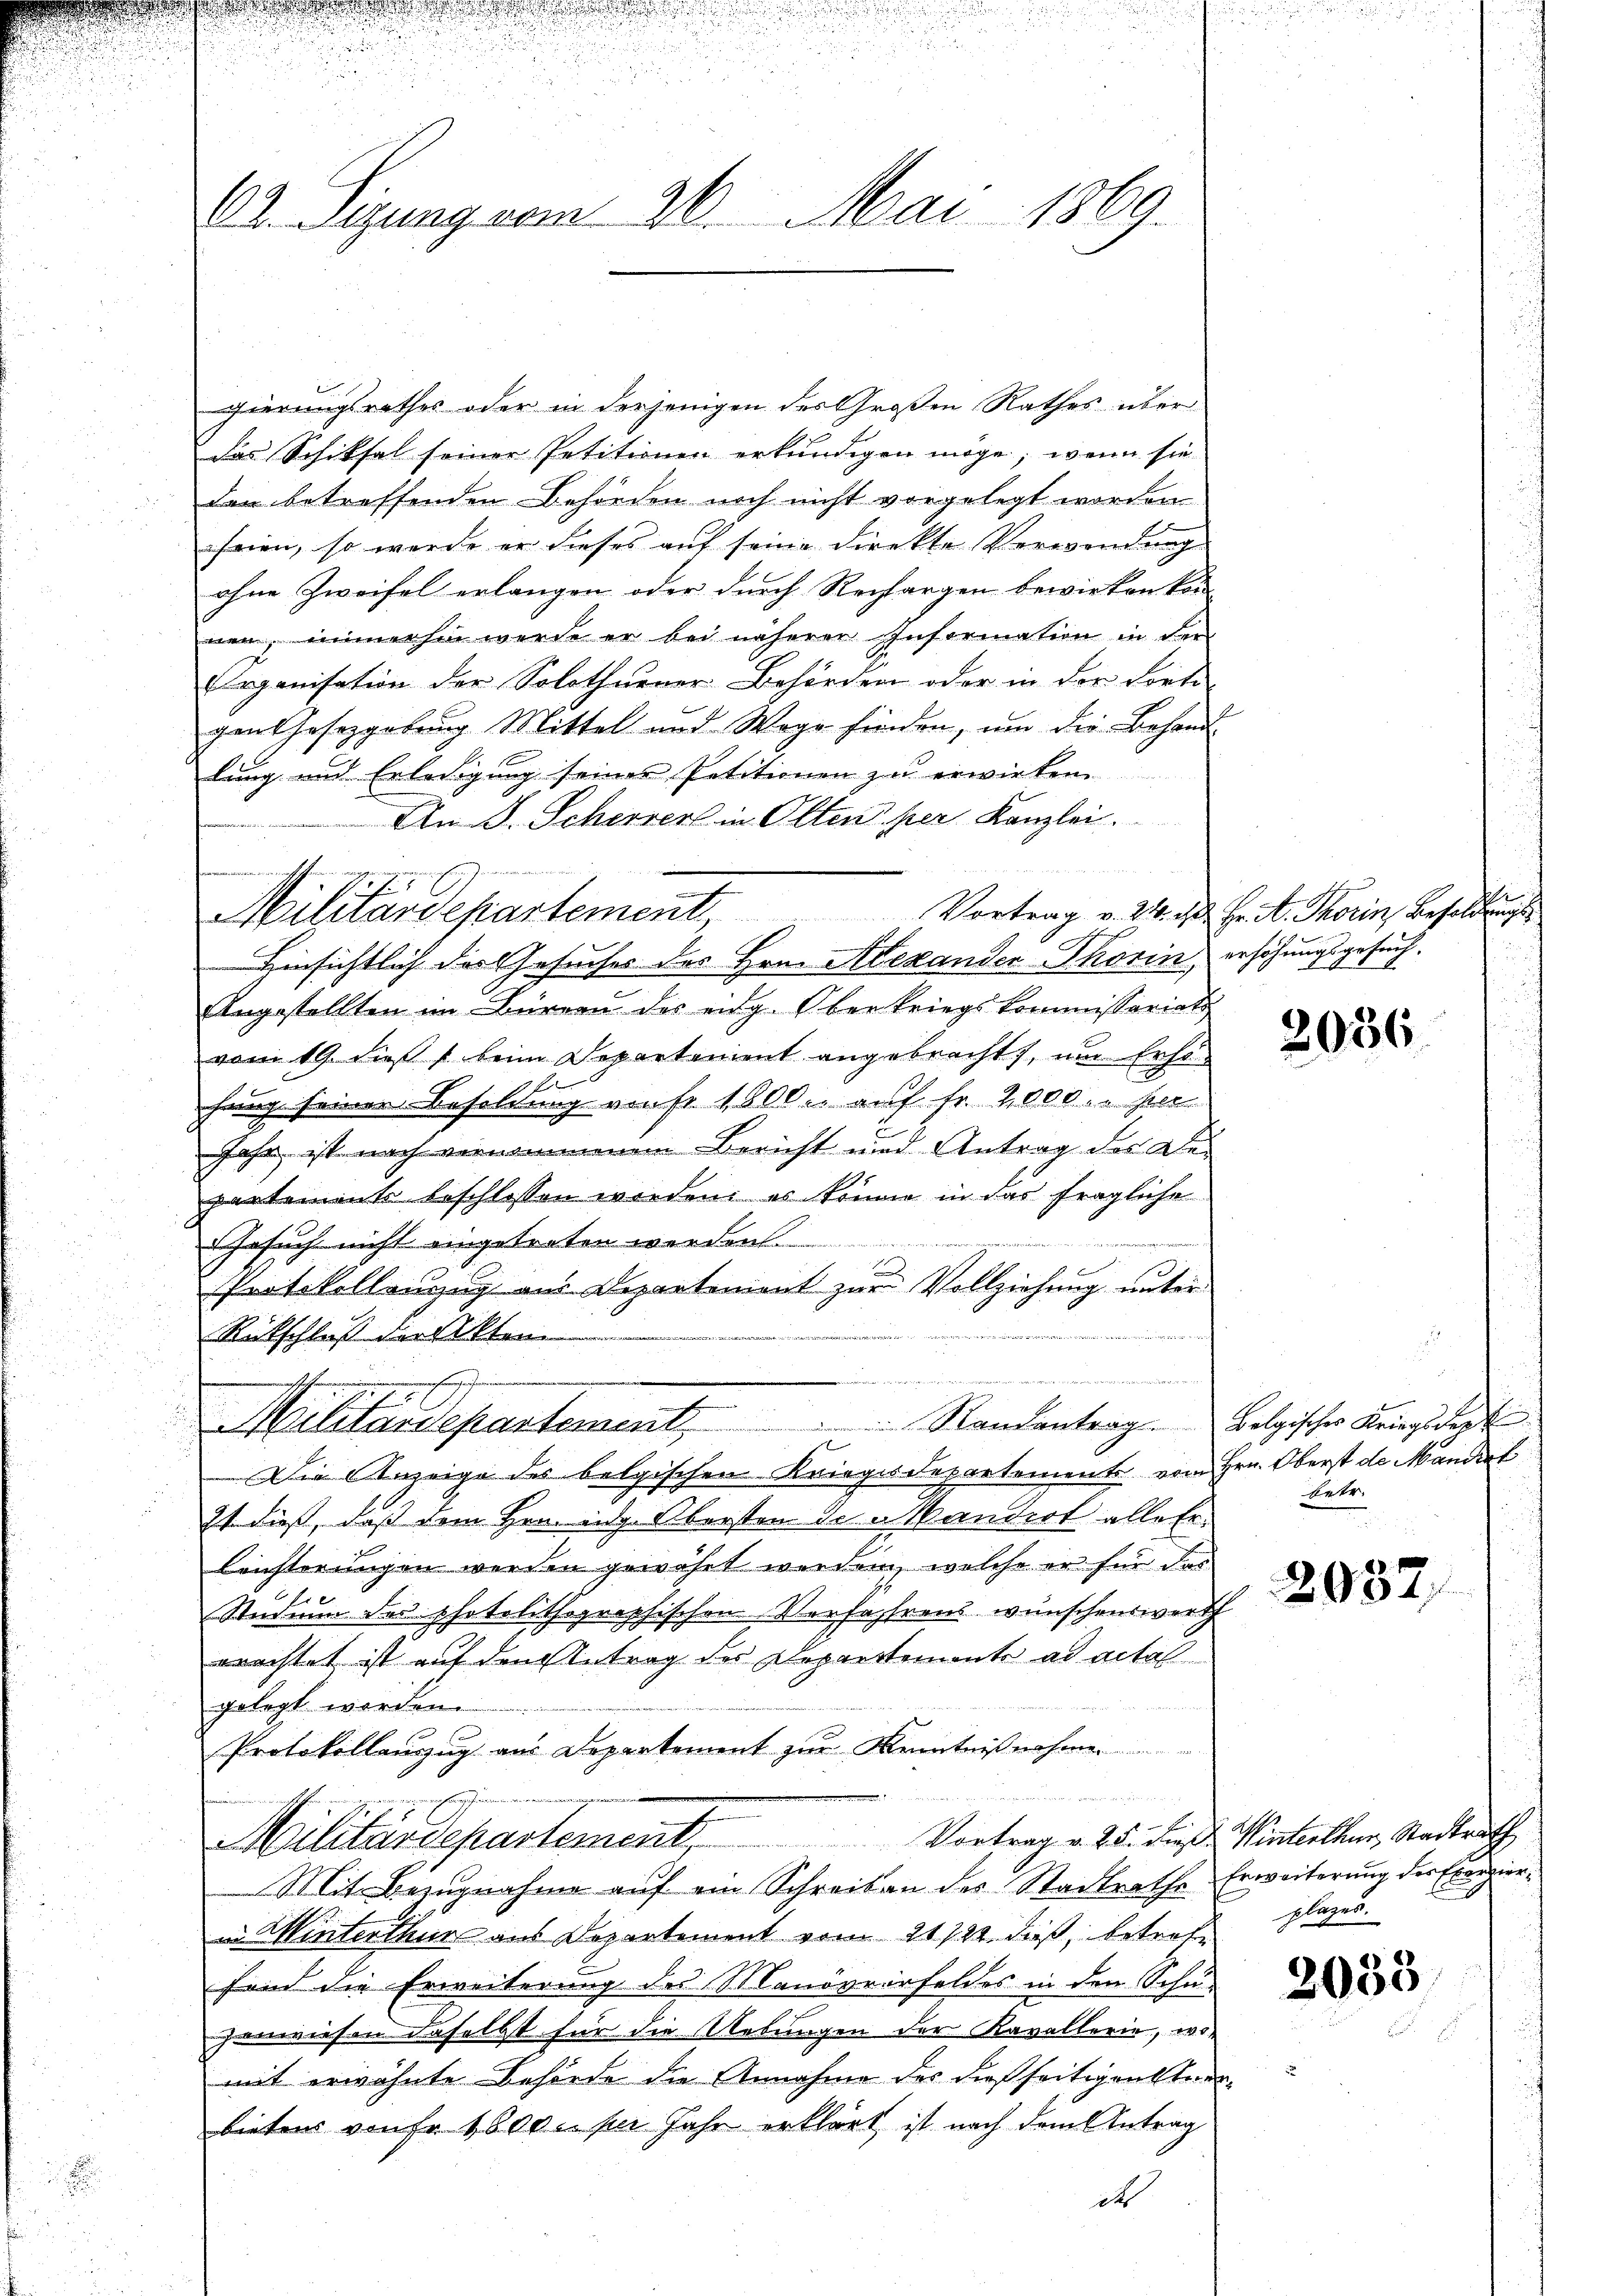
62. Sigung vom 26. Mai 1869.

gierungsrathes oder in derjenigen des Großen Rathes über
das Schiksal seiner Petitionen erkundigen möge, wenn sie
den betreffenden Behörden noch nicht vorgelegt worden
seien, so werde er dieses auf seine Direkte Verwendung
ohne Zweifel erlangen oder durch Rechargen bewirken könn
nen, immerhin werde er bei näherer Information in den
Erganisation der Solothurner Behörden oder in der Forte
gen Gesetzgebung Mittel und Wege finden, ŭm die Behand-
lung und Erledigung seines Petitionen zu erwirken.
Un J. Scherer in Olten per Kanzlei.
e
Angestellten im Bürgen des eidg. Oberkriegskommissariats
vom 19. dieß beim Departement angebracht, um Erhö
hung seiner Besoldung von fr. 1800. auf Fr. 2,000 her
Jahr ist noch vernommenem Bericht und Antrag des Departements beschlossen werden, es könne in das fragliche
Gesuch nicht eingetreten werden.
Protokollenzug aus Departement zur Vollziehung unter
want
Rückschluß der Akten
n
u
Militärdepartement.                     Randantrag Belgischer Kriegsdirek
x
Die Anzeige des belgischen Kriegesdepartements vom Hrn. Oberst de Mandert
Zt. dieß, dass dem Hrn. eidg. Obersten de Mandert alle Er¬
Leichterungen werden gewährt werden, welche er für das
7
Studium der photolithographischen Verfahrens wünschenswerth
erachtet ist auf den Antrag des Departemente ad acta
gelegt werden.
Protokollanzug aus Departement zur Kenntnißnahmen

Militärdepartement. Vortrag v. 25. die Dr. Winterthur, Stadtrath
Mit Bezugnahme auf ein Schreiben des Stadtrathe Erweiterung der Exerzierin Winterthur aus Departement vom 21724. dieß, betreffand die Erweiterung des Manövrirfeldes in den Schu-
zenwiesen daselbst für die Uebungen der Kavallerie, womit erwähnte Behörde die Annahme des dießseitigensteinbeiter von Fr. 1800 per Jahr erklärt ist nach dem Antrag
dt

n
veoffen
No f. 7
Militärdepartement

Hinsichtlich des Gesuches des Hrn. Alexanden Thorin erhöhungsgesuch.

Vortrag v. 24. ist Hr. A. Thorin Besoldungs

2086.

Betr.

2037

plazes.

2053